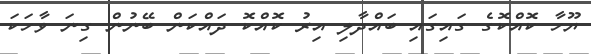
ޔޫހާ ކޮއްކޮގެ ގައިގައި ބައްދާލި އިރު ކޮއްކޮ ދައްކަން ބޭނުން ގިނަ ވާހަކަ